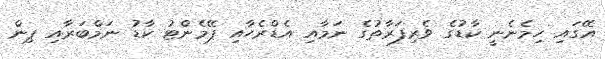
އޭގައި ހިމެނެނީ ކާޑުގެ ވެރިފަރާތުގެ ނަމާއި އެޑްރެހާއި ޕޭމެންޓު ކާޑު ނަމްބަރާއި ޕިން